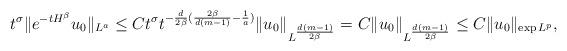
LaTeX: \begin{align*} t^{\sigma} \|e^{-tH^{\beta}}u_0\|_{L^a} \leq {C}t^{\sigma} t^{-\frac d{2\beta} (\frac{2\beta}{d(m-1)}-\frac 1a)} \|u_0\|_{L^{\frac{d(m-1)}{2\beta}}}={C}\|u_0\|_{L^{\frac{d(m-1)}{2\beta}}}\leq {C}\|u_0\|_{\exp L^{p}},\end{align*}